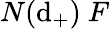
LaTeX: N(\mathrm{d}_{+})~F